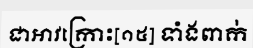
ជាអាវក្រោះ[១៥] ទាំងពាក់